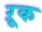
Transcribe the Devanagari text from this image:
ऱूक